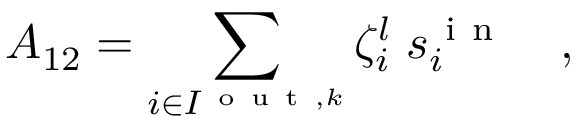
A _ { 1 2 } = \sum _ { i \in I ^ { \mathrm { ~ o ~ u ~ t ~ } , k } } \zeta _ { i } ^ { l } \; s _ { i } ^ { \mathrm { ~ i ~ n ~ } } \quad ,